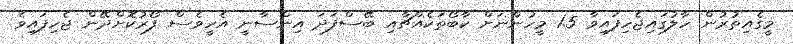
މީގެއިތުރުން ހާލުގައިޖެހިފައިވާ 1.5 މީހުންނަށް ކާބޯތަކެއްޗާއި ބޭސްފަދަ އިންސާނީ އެހީވެސް ފޯރުކޮށްދޭން ޖެހިފައިވެ